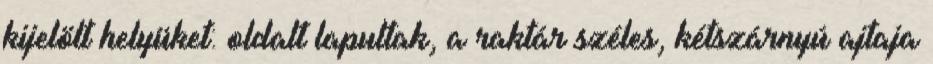
kijelölt helyüket: oldalt lapultak, a raktár széles, kétszárnyú ajtaja